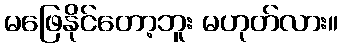
မဖြေနိုင်တော့ဘူး မဟုတ်လား။